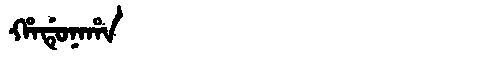
Manchu: ᡥᠠᡩᡠᠨᠠᡥᠠ
Romanization: HADUNAHA